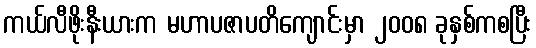
ကယ်လီဖိုးနီးယားက မဟာပဇာပတိကျောင်းမှာ ၂၀၀၈ ခုနှစ်ကစပြီး